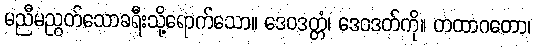
မညီမညွတ်သောခရီးသို့ရောက်သော။ ဒေဝဒတ္တံ၊ ဒေဝဒတ်ကို။ တထာဂတော၊